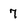
Character: 7